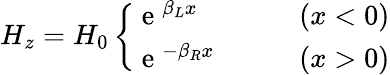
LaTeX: H_{z}=H_{0}\left\{ \begin{array}{ll}{\mathrm{~e~}^{\beta_{L}x}}&{\qquad(x<0)}\\ {\mathrm{~e~}^{-\beta_{R}x}}&{\qquad(x>0)}\end{array}\right.